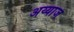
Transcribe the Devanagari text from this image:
अय्याज